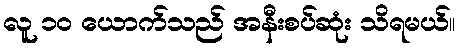
လူ ၁၀ ယောက်သည် အနီးစပ်ဆုံး သိရမယ်။